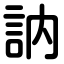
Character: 訥